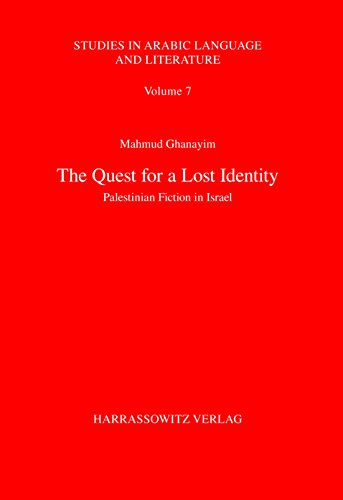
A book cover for The Quest for a Lost Identity: Palestinian Fiction in Israel (Studies in Arabic Language and Literature); Mahmud Ghanayim; Literature & Fiction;